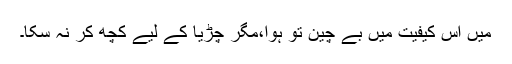
میں اس کیفیت میں بے چین تو ہوا،مگر چڑیا کے لیے کچھ کر نہ سکا۔